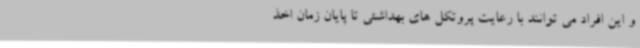
و این افراد می توانند با رعایت پروتکل های بهداشتی تا پایان زمان اخذ